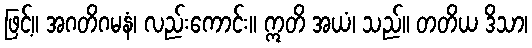
ဖြင့်။ အဂတိဂမနံ၊ လည်းကောင်း။ ဣတိ အယံ၊ သည်။ တတိယ ဒိသာ၊